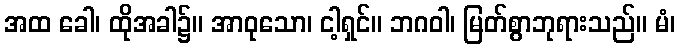
အထ ခေါ၊ ထိုအခါ၌။ အာဝုသော၊ ငါ့ရှင်။ ဘဂဝါ၊ မြတ်စွာဘုရားသည်။ မံ၊